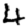
Digit: 4